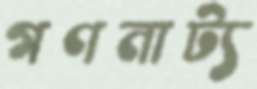
গণনাট্য